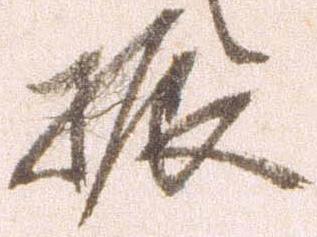
振